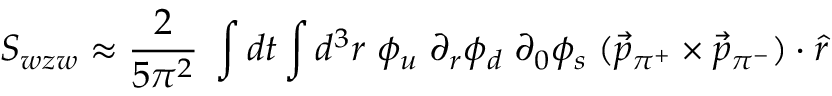
{ \cal S } _ { w z w } \approx { \frac { 2 } { 5 \pi ^ { 2 } } } \; \int d t \int d ^ { 3 } r \; \phi _ { u } \; \partial _ { r } \phi _ { d } \; \partial _ { 0 } \phi _ { s } \; ( \vec { p } _ { \pi ^ { + } } \times \vec { p } _ { \pi ^ { - } } ) \cdot \hat { r }